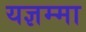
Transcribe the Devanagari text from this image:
यज्ञम्मा